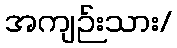
အကျဉ်းသား/